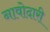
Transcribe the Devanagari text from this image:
नावोदारी